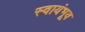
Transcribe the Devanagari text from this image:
स्वायंभूव